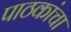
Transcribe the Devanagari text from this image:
पाठकांचा